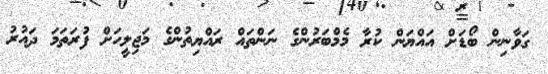
ގަވާނިން ބޯޑަށް އައްޔަން ކުރާ މެމްބަރުންގެ ނަންތައް ރައްޔިތުންގެ މަޖިލީހަށް ފުރަތަމަ ދައުރު